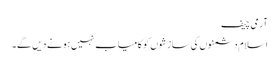
آرمی چیف
اسلام دشمنوں کی سازشوں کو کامیاب نہیں ہونے دیں گے۔